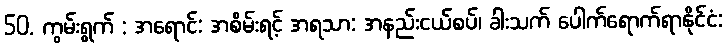
50. ကွမ်းရွက် : အရောင်: အစိမ်းရင့် အရသာ: အနည်းငယ်စပ်၊ ခါးသက် ပေါက်ရောက်ရာနိုင်ငံ: